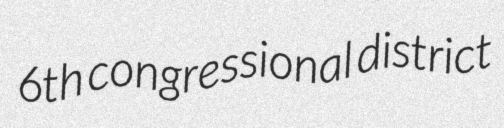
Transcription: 6th congressional district